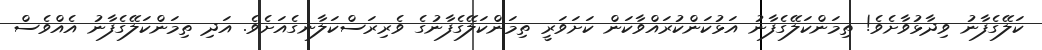
ކަލޭގެފާނު ވިދާޅުވާށެވެ! ތިމަންކަލޭގެފާނު އަޅުކަންކުރައްވާކަން ކަށަވަރީ ތިމަންކަލޭގެފާނުގެ ވެރިރަސްކަލާނގެއަށެވެ. އަދި ތިމަންކަލޭގެފާނު އެއްވެސް